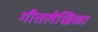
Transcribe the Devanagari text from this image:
गीतलेखिका